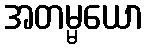
အတမ္မယော